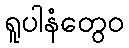
ရူပါနံတွေဝ